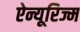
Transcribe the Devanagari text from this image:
ऐन्यूरिज्म